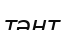
тәнт